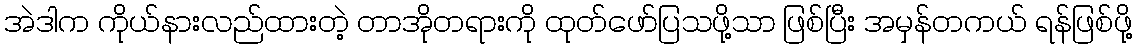
အဲဒါက ကိုယ်နားလည်ထားတဲ့ တာအိုတရားကို ထုတ်ဖော်ပြသဖို့သာ ဖြစ်ပြီး အမှန်တကယ် ရန်ဖြစ်ဖို့